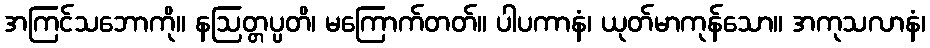
အကြင်သဘောကို။ နဩတ္တပ္ပတိ၊ မကြောက်တတ်။ ပါပကာနံ၊ ယုတ်မာကုန်သော။ အကုသလာနံ၊